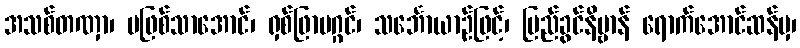
အသစ်တဏှာ၊ မဖြစ်သာအောင်၊ ရှစ်ဖြာမဂ္ဂင်၊ သင်္ဘောယာဉ်ဖြင့်၊ ပြည်ခွင်နိဗ္ဗာန် ရောက်အောင်ဆန်မှ၊